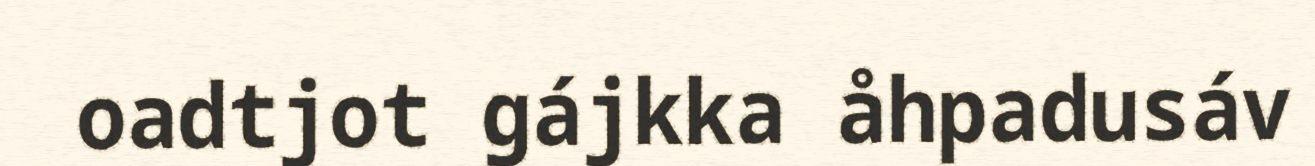
oadtjot gájkka åhpadusáv